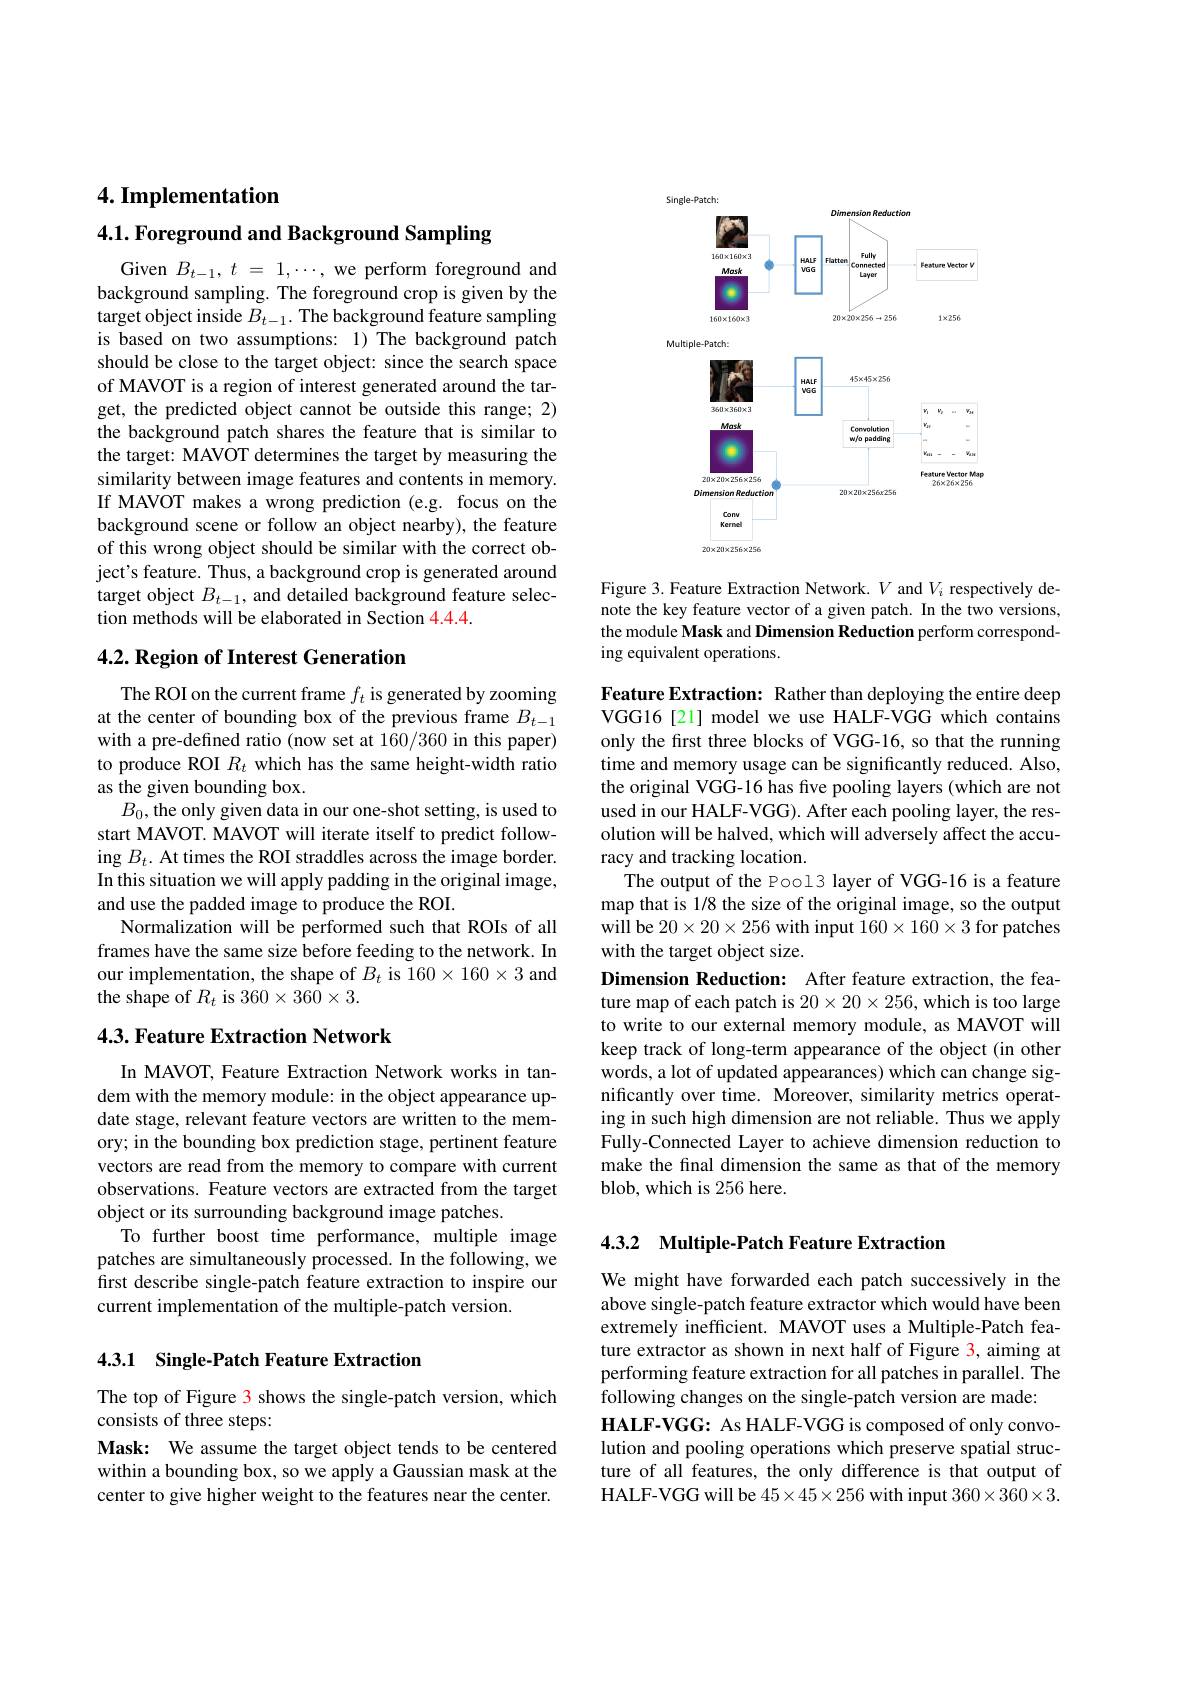
4. Implementation

4.1. Foreground and Background Sampling

Given $B_{t- 1}, t$ = $1, \cdots $, we perform foreground and background sampling. The foreground crop is given by the target object inside $B_t-1.$ The background feature sampling is based on two assumptions: 1) The background patch should be close to the target object: since the search space of MAVOT is a region of interest generated around the target, the predicted object cannot be outside this range; 2) the background patch shares the feature that is similar to the target: MAVOT determines the target by measuring the similarity between image features and contents in memory. If MAVOT makes a wrong prediction (e.g. focus on the background scene or follow an object nearby), the feature of this wrong object should be similar with the correct object's feature. Thus, a background crop is generated around target object $B_t-1$, and detailed background feature selection methods will be elaborated in Section 4.4.4.

## 4.2. Region of Interest Generation

The ROI on the current frame $f_t$ is generated by zooming at the center of bounding box of the previous frame $B_{t-1}$ with a pre-defined ratio (now set at 160/360 in this paper) to produce ROI $R_t$ which has the same height-width ratio as the given bounding box.
$B_0$,the only given data in our one-shot setting, is used to start MAVOT. MAVOT will iterate itself to predict following $B_t.$ At times the ROI straddles across the image border. In this situation we will apply padding in the original image, and use the padded image to produce the ROI.
Normalization will be performed such that ROIs of all frames have the same size before feeding to the network. In our implementation, the shape of $B_t$ is 160$\times160\times3$ and the shape of $R_t$ is 360$\times360\times3.$

## 4.3. Feature Extraction Network

In MAVOT, Feature Extraction Network works in tandem with the memory module: in the object appearance update stage, relevant feature vectors are written to the memory; in the bounding box prediction stage, pertinent feature vectors are read from the memory to compare with current observations. Feature vectors are extracted from the target object or its surrounding background image patches.
To further boost time performance, multiple image patches are simultaneously processed. In the following, we first describe single-patch feature extraction to inspire our current implementation of the multiple-patch version.

## 4.3.1 Single-Patch Feature Extraction

The top of Figure 3 shows the single-patch version, which
consists of three steps:

Mask: We assume the target object tends to be centered within a bounding box, so we apply a Gaussian mask at the center to give higher weight to the features near the center.

<FigureHere>

Figure 3. Feature Extraction Network. $V$ and $V_i$ respectively denote the key feature vector of a given patch. In the two versions, the module Mask and Dimension Reduction perform corresponding equivalent operations.

Feature Extraction: Rather than deploying the entire deep VGG16[21] model we use HALF-VGG which contains only the first three blocks of VGG-16, so that the running time and memory usage can be significantly reduced. Also, the original VGG-16 has five pooling layers (which are not used in our HALF-VGG). After each pooling layer, the resolution will be halved, which will adversely affect the accuracy and tracking location.
The output of the Pool3 layer of VGG-16 is a feature map that is 1/8 the size of the original image, so the output will be $20\times20\times256$ with input $160\times160\times3$ for patches with the target object size.
Dimension Reduction: After feature extraction, the feature map of each patch is $20\times20\times256$, which is too large to write to our external memory module, as MAVOT will keep track of long-term appearance of the object (in other words, a lot of updated appearances) which can change significantly over time. Moreover, similarity metrics operating in such high dimension are not reliable. Thus we apply Fully-Connected Layer to achieve dimension reduction to make the final dimension the same as that of the memory blob, which is 256 here.

4.3.2 Multiple-Patch Feature Extraction

We might have forwarded each patch successively in the above single-patch feature extractor which would have been extremely inefficient. MAVOT uses a Multiple-Patch feature extractor as shown in next half of Figure 3, aiming at performing feature extraction for all patches in parallel. The following changes on the single-patch version are made:
HALF-VGG: As HALF-VGG is composed of only convolution and pooling operations which preserve spatial structure of all features, the only difference is that output of HALF-VGG will be $45\times45\times256$ with input $360\times360\times3.$